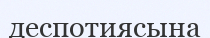
деспотиясына